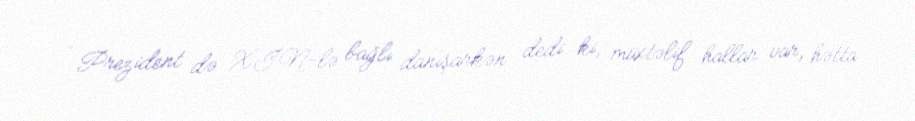
- Prezident də XİN-lə bağlı danışarkən dedi ki, müxtəlif hallar var, hətta